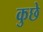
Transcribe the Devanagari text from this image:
कुछे